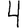
Digit: 4